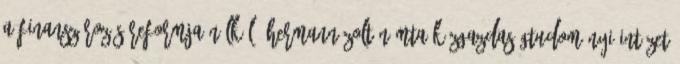
a finanszírozás reformja nélkül? Hermann Zoltán MTA Közgazdaságtudományi Intézet